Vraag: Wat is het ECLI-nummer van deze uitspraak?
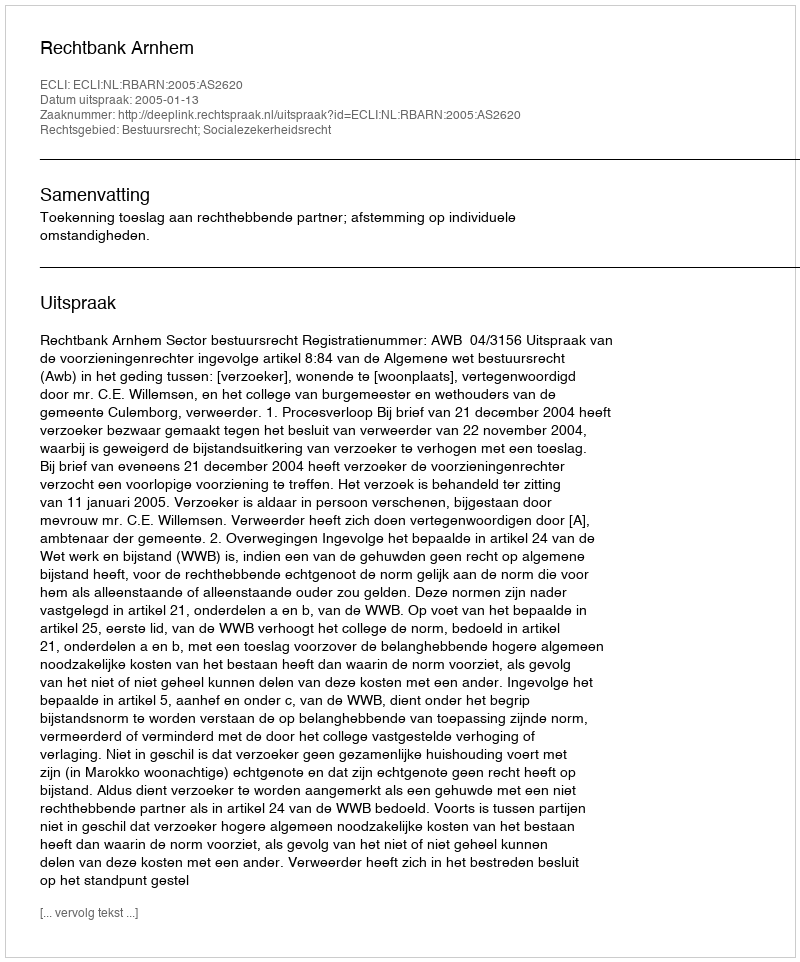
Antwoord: ECLI:NL:RBARN:2005:AS2620